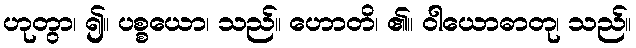
ဟုတွာ၊ ၍။ ပစ္စယော၊ သည်။ ဟောတိ၊ ၏။ ဝါယောဓာတု၊ သည်။